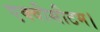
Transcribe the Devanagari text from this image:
एक्वीसीटम।